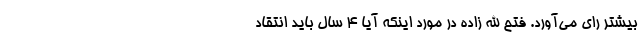
بیشتر رای می‌آورد. فتح الله زاده در مورد اینکه آیا 4 سال باید انتقاد